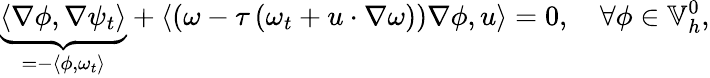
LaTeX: \underbrace{\left\langle\nabla\phi,\nabla\psi_{t}\right\rangle}_{=-\left\langle\phi,\omega_{t}\right\rangle}+\left\langle\left(\omega-\tau\left(\omega_{t}+u\cdot\nabla\omega\right)\right)\nabla\phi,u\right\rangle=0,\quad\forall\phi\in\mathbb{V}_{h}^{0},